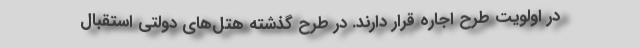
در اولویت طرح اجاره قرار دارند. در طرح گذشته هتل‌های دولتی استقبال